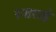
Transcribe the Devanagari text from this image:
रजराई